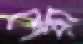
শেরা